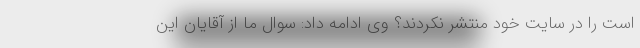
است را در سایت خود منتشر نکردند؟ وی ادامه داد: سوال ما از آقایان این